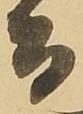
而